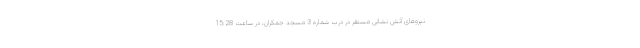
نیروهای آتش نشانی مستقر در درب شماره 3 مسجد جمکران، در ساعت 15:28